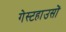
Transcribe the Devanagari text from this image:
गेस्टहाउसों